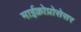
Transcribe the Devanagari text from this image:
माईक्रोप्रोसेसर